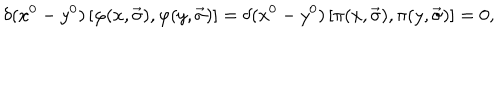
\delta ( x ^ { 0 } - y ^ { 0 } ) \left[ \varphi ( x , \vec { \sigma } ) , \varphi ( y , \vec { \sigma } ) \right] = \delta ( x ^ { 0 } - y ^ { 0 } ) \left[ \pi ( x , \vec { \sigma } ) , \pi ( y , \vec { \sigma } ) \right] = 0 ,